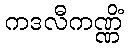
ကဒလီကဏ္ဏိံ